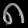
Digit: ၈